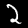
Digit: 2